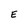
Character: E